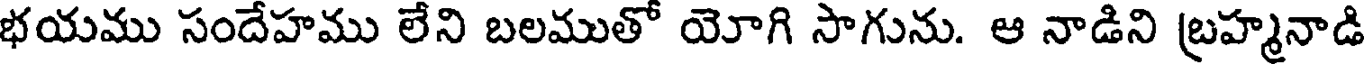
భయము సందేహము లేని బలముతో యోగి సాగును. ఆ నాడిని బ్రహ్మనాడి